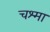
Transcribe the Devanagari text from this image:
चश्‍मा